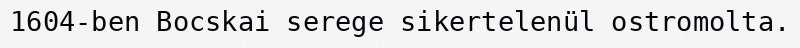
1604-ben Bocskai serege sikertelenül ostromolta.